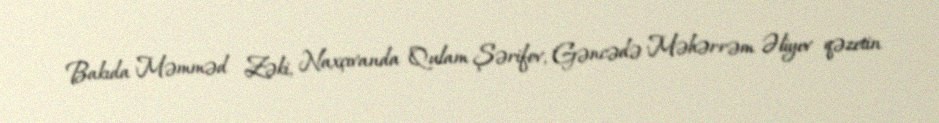
Bakıda Məmməd Zəki, Naxçıvanda Qulam Şərifov, Gəncədə Məhərrəm Əliyev qəzetin